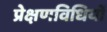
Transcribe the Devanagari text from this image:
प्रेक्षणविधियों